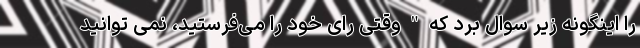
را اینگونه زیر سوال برد که " وقتی رای خود را می‌فرستید، نمی توانید